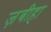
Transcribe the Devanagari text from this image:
ज़बीहा